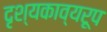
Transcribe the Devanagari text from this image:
दृश्यकाव्यरूप